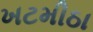
ખટમીઠા